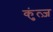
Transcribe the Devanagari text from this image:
कुंत्ज़